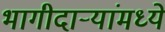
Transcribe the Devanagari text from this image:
भागीदार्‍यांमध्ये